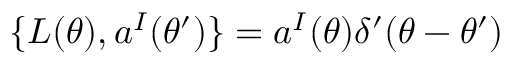
\{ L ( \theta ) , a ^ { I } ( \theta ^ { \prime } ) \} = a ^ { I } ( \theta ) \delta ^ { \prime } ( \theta - \theta ^ { \prime } )